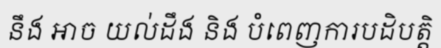
នឹង ឤច យល់ដឹង និង បំពេញការបដិបត្តិ